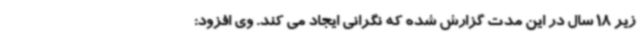
زیر 18 سال در این مدت گزارش شده که نگرانی ایجاد می کند. وی افزود: